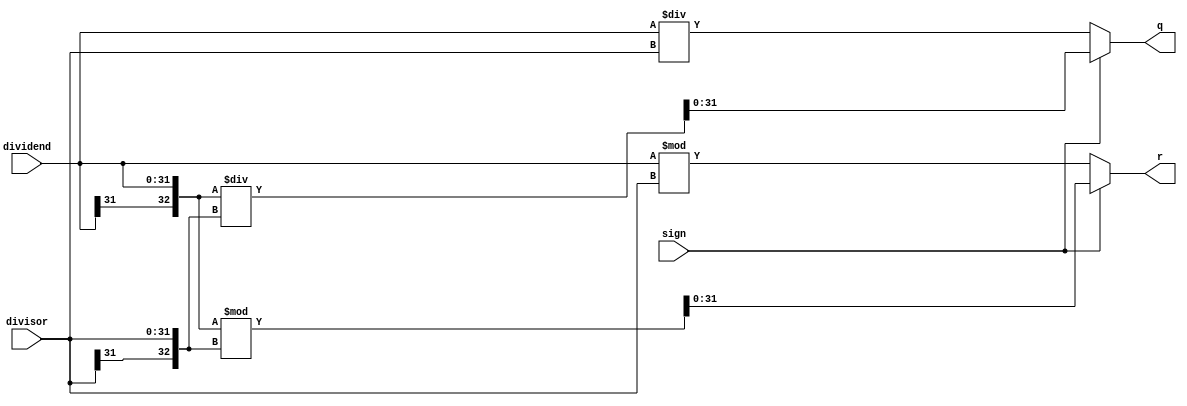
`timescale 1ns / 1ps

module DIV(
    input [31:0] dividend, //
    input [31:0] divisor, //
    input sign,
    output [31:0] q, //
    output [31:0] r //
);
    
    wire signed [32:0] temp_a;
    wire signed [32:0] temp_b;
    wire signed [32:0] temp_q;
    wire signed [32:0] temp_r;

    assign temp_a = {dividend[31], dividend};
    assign temp_b = {divisor[31], divisor};
    assign temp_q = temp_a / temp_b;
    assign temp_r = temp_a % temp_b;

    assign q = (sign == 1)? temp_q[31:0]: (dividend / divisor);
    assign r = (sign == 1)? temp_r[31:0]: (dividend % divisor);
    
endmodule